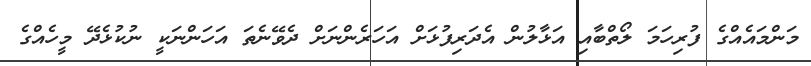
މަންމައެއްގެ ފުރިހަމަ ލޯތްބާއި އަޅާލުން އެދަރިފުޅަށް އަހަރެންނަށް ދެވޭނެތަ އަހަންނަކީ ނުކުޅެދޭ މީހެއްގެ